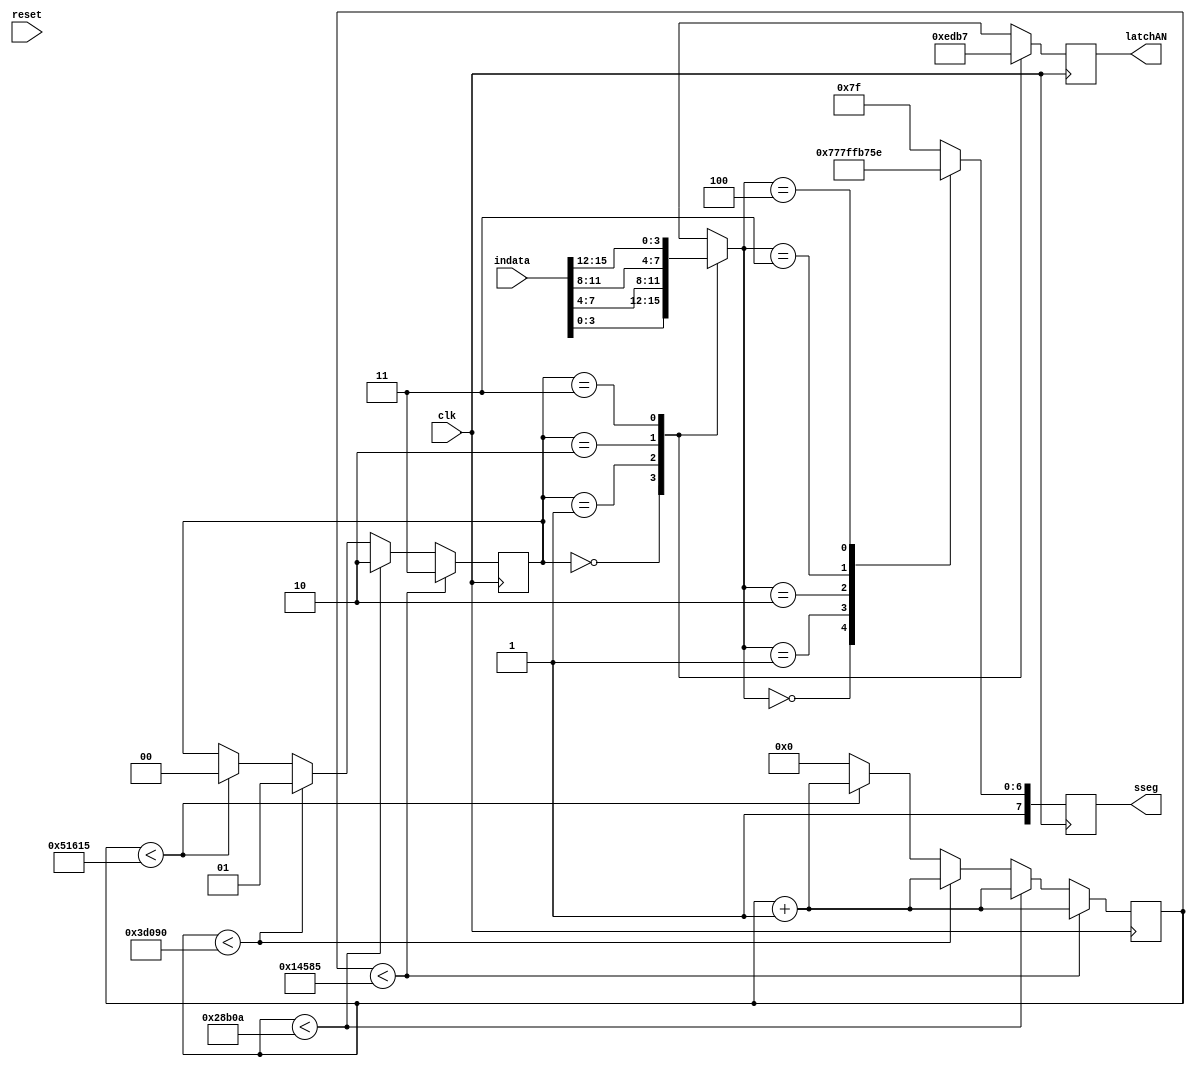
module dispdHex #(parameter CLK_FREQ = 100, parameter DISP_FREQ = 75)(
    input [15:0] indata,
    input clk,
    output reg[7:0] sseg,
    output reg[3:0] latchAN,
    input reset
    );
    
    reg[1:0] segselect;
    reg[15:0] data;
    wire[3:0] hex0, hex1, hex2, hex3;
    reg[31:0] count;
    
    localparam GRE = 0;
    localparam YEL = 1;
    localparam RED = 2;
    localparam LFTGRE = 3;
    localparam LFTYEL = 4;
    localparam ALLOFF = 5;
    
    localparam hex0stop = $rtoi(0.25 * CLK_FREQ * 1000000 / (DISP_FREQ*4));
    localparam hex1stop = $rtoi(0.5 * CLK_FREQ * 1000000 / (DISP_FREQ*4));
    localparam hex2stop = $rtoi(0.75 * CLK_FREQ * 1000000 / (DISP_FREQ*4));
    localparam hex3stop = $rtoi(1.0 * CLK_FREQ * 1000000 / (DISP_FREQ*4));
    
    assign hex3 = indata[15:12];
    assign hex2 = indata[11:8];
    assign hex1 = indata[7:4];
    assign hex0 = indata[3:0];
    
    always@(posedge clk)
    begin
        count <= count + 1;
        if(count < hex0stop)
            segselect <= 3;
        else if(count < hex1stop)
            segselect <= 2;
        else if(count < hex2stop)
            segselect <= 1;
        else if (count < hex3stop)
            segselect <= 0;
        else
            count <= 0;
    end
    
    reg [3:0] hexVal;
    reg [3:0] AN;
    
    always@(segselect, hex0, hex1, hex2, hex3)
    begin
        case(segselect)
            0:begin
                hexVal = hex0;
                AN = 4'b1110;
            end
            1:begin
                hexVal = hex1;
                AN = 4'b1101;
            end
            2:begin
                hexVal = hex2;
                AN = 4'b1011;
            end
            3:begin
                hexVal = hex3;
                AN = 4'b0111;
            end
        endcase
    end 
    
    always@(posedge clk)
    begin
        latchAN <= AN;
        case(hexVal)
            GRE: sseg <= 8'b11110111;
            YEL: sseg <= 8'b10111111;
            RED: sseg <= 8'b11111110;
            LFTGRE: sseg <= 8'b11101110;
            LFTYEL: sseg <= 8'b11011110;
            ALLOFF: sseg <= 8'b11111111;
            
            default: sseg <= 8'b11111111;
        endcase
    end
endmodule